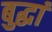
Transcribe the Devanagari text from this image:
बुद्धां